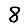
Digit: 8